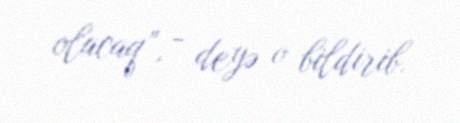
olacaq”, - deyə o bildirib.